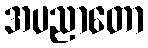
အပညာတော